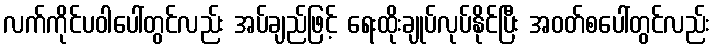
လက်ကိုင်ပဝါပေါ်တွင်လည်း အပ်ချည်ဖြင့် ရေးထိုးချုပ်လုပ်နိုင်ပြီး အဝတ်စပေါ်တွင်လည်း